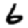
Digit: 6